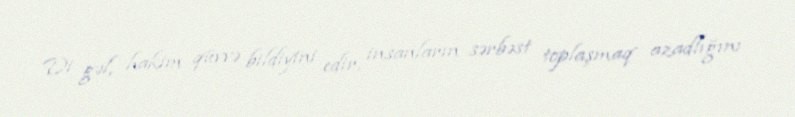
Di gəl, hakim qüvvə bildiyini edir, insanların sərbəst toplaşmaq azadlığını